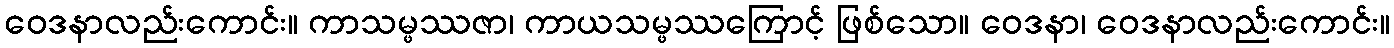
ဝေဒနာလည်းကောင်း။ ကာသမ္ဖဿဇာ၊ ကာယသမ္ဖဿကြောင့် ဖြစ်သော။ ဝေဒနာ၊ ဝေဒနာလည်းကောင်း။